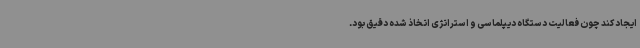
ایجاد کند چون فعالیت دستگاه دیپلماسی و استراتژی اتخاذ شده دقیق بود.